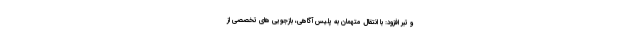
و تبر افزود: با انتقال متهمان به پلیس آگاهی، بازجویی های تخصصی از